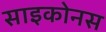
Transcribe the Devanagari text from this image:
साइकोनस